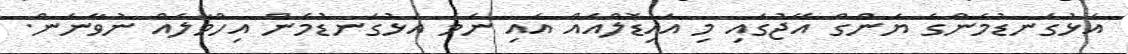
އަޅުގަނޑުމެންގެ ޔަންގް އޭޖުގައި މި އައިޑޮލްއެއް އައި ނަމަ އަޅުގަނޑުމެން އިހްމާލެއް ނުވާނަން.